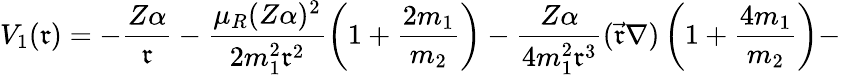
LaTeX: V_{1}(\mathfrak{r})=-\frac{{Z\alpha}}{{\mathfrak{r}}}-\frac{{\mu_{R}(Z\alpha)^{2}}}{{2m_{1}^{2}\mathfrak{r}^{2}}}\left(1+\frac{{2m_{1}}}{{m_{2}}}\right)-\frac{{Z\alpha}}{{4m_{1}^{2}\mathfrak{r}^{3}}}(\vec{{\mathfrak{r}}}\nabla)\left(1+\frac{{4m_{1}}}{{m_{2}}}\right)-